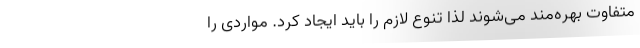
متفاوت بهره‌مند می‌شوند لذا تنوع لازم را باید ایجاد کرد. مواردی را